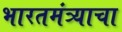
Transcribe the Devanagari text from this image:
भारतमंत्र्याचा